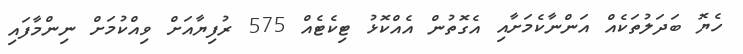
ހެޔޮ ބަދަލުތަކެއް އަންނާކެމަށާއި އެގޮތުން އެއްކޮޅު ޓިކެޓެއް 575 ރުފިޔާއަށް ވިއްކުމަށް ނިންމާފައި